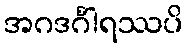
အဂဒင်္ဂါရဿပိ